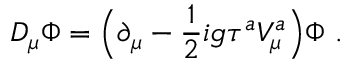
D _ { \mu } \Phi = \Bigl ( \partial _ { \mu } - \frac { 1 } { 2 } i g \tau ^ { a } V _ { \mu } ^ { a } \Bigr ) \Phi \ .